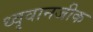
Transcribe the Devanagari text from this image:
ध्वृवानजीक